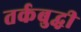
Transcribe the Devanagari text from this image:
तर्कबुद्धी